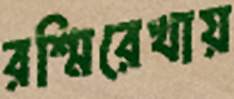
রশ্মিরেখায়